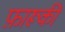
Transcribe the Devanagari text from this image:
फ़ारूकी